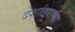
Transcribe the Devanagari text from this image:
देशांतराचा